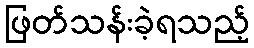
ဖြတ်သန်းခဲ့ရသည့်